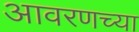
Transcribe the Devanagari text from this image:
आवरणच्या